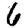
Digit: 6